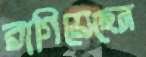
রাগিয়েছেন